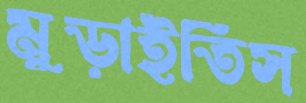
মুড়াইতিস